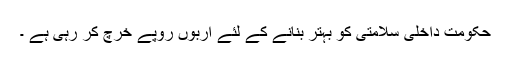
حکومت داخلی سلامتی کو بہتر بنانے کے لئے اربوں روپے خرچ کر رہی ہے ۔